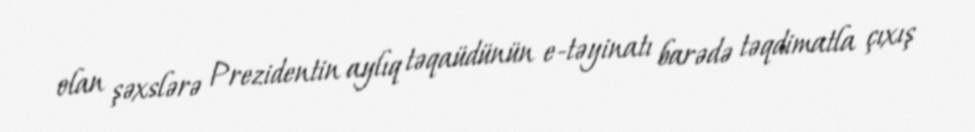
olan şəxslərə Prezidentin aylıq təqaüdünün e-təyinatı barədə təqdimatla çıxış